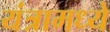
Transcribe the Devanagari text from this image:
यंत्रामध्ये